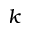
k